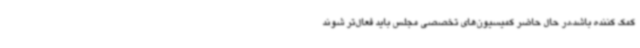
کمک کننده باشد،در حال حاضر کمیسیون‌های تخصصی مجلس باید فعال‌تر شوند